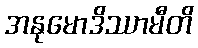
အနုမောဒိဿာမီတိ